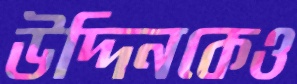
উদ্দিনকেও